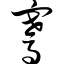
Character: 骞